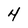
Character: 4